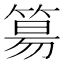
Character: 𥯕